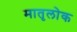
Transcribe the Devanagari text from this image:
मातृलोक